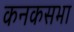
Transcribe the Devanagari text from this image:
कनकसभा